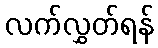
လက်လွှတ်ရန်